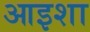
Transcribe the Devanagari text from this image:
आइशा